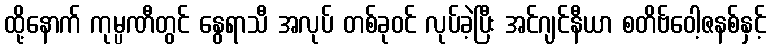
ထို့နောက် ကုမ္ပဏီတွင် နွေရာသီ အလုပ် တစ်ခုဝင် လုပ်ခဲ့ပြီး အင်ဂျင်နီယာ စတိဗ်ဝေါ့ဇနစ်နှင့်